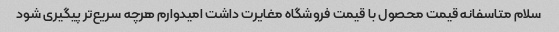
سلام متاسفانه قیمت محصول با قیمت فروشگاه مغایرت داشت امیدوارم هرچه سریع‌تر پیگیری شود